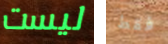
ليست فقط